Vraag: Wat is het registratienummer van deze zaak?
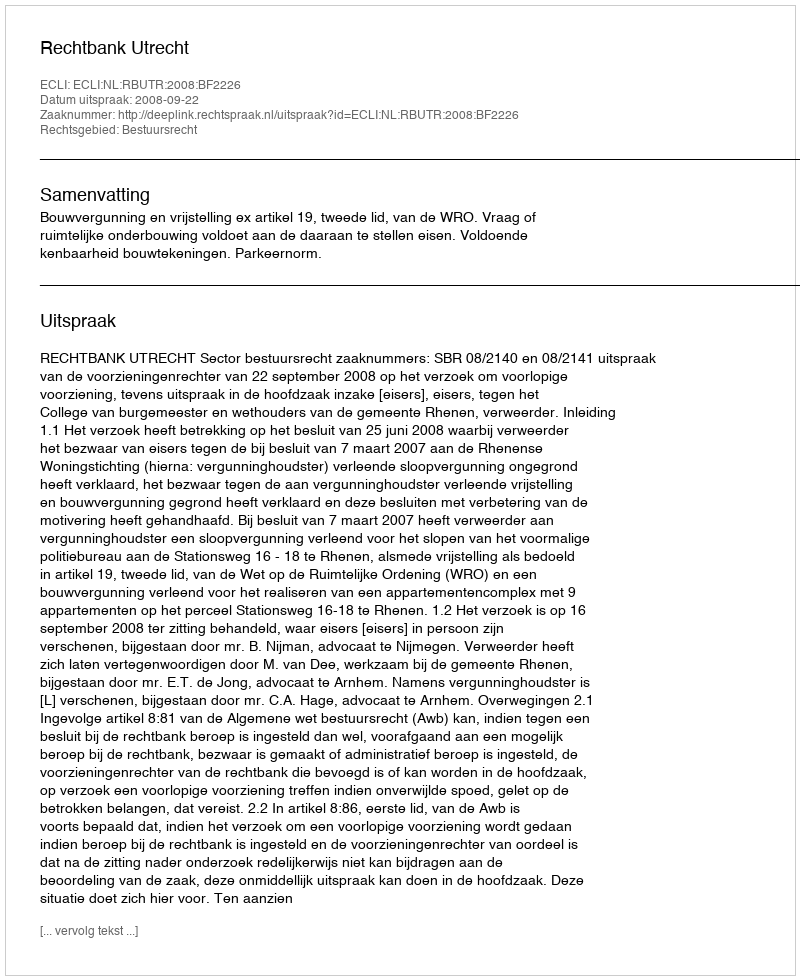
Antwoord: http://deeplink.rechtspraak.nl/uitspraak?id=ECLI:NL:RBUTR:2008:BF2226